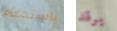
باستدعاء يرقد